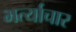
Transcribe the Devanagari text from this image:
भर्त्याचार